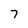
Character: 7